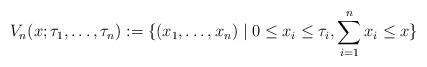
LaTeX: \begin{align*}V_n(x;\tau_1,\dots,\tau_n):=\{(x_1,\dots,x_n)\mid 0\le x_i \le \tau_i,\sum_{i=1}^n x_i\le x\}\end{align*}